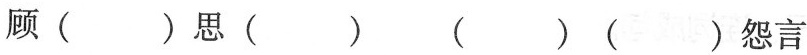
顾( )思( ) ( )( )怨言